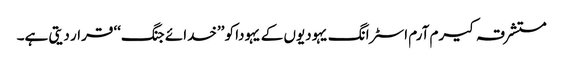
مستشرقہ کیرم آرم اسٹرانگ یہودیوں کے یہودا کو ’’خدائے جنگ‘‘ قرار دیتی ہے۔